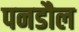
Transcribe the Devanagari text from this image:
पनडौल